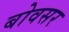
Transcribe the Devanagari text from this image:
बोवसर